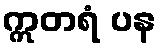
ဣတရံ ပန